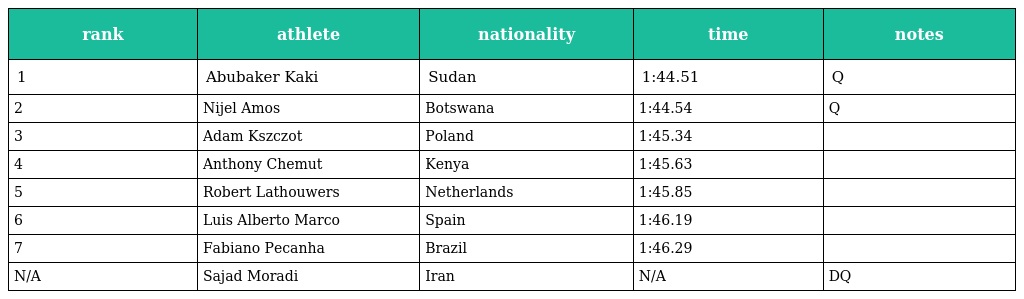
| rank | athlete | nationality | time | notes |
 | --- | --- | --- | --- | --- |
 | 1 | Abubaker Kaki | Sudan | 1:44.51 | Q |
 | 2 | Nijel Amos | Botswana | 1:44.54 | Q |
 | 3 | Adam Kszczot | Poland | 1:45.34 |  |
 | 4 | Anthony Chemut | Kenya | 1:45.63 |  |
 | 5 | Robert Lathouwers | Netherlands | 1:45.85 |  |
 | 6 | Luis Alberto Marco | Spain | 1:46.19 |  |
 | 7 | Fabiano Pecanha | Brazil | 1:46.29 |  |
 | N/A | Sajad Moradi | Iran | N/A | DQ |